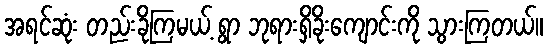
အရင်ဆုံး တည်းခိုကြမယ့် ရွာ ဘုရားရှိခိုးကျောင်းကို သွားကြတယ်။